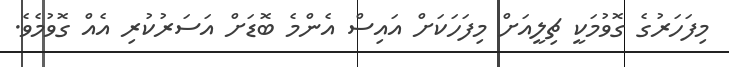
މިފަހަރުގެ ގޮވުމަކީ ޗިލީއަށް މިފަހަކަށް އައިސް އެންމެ ބޮޑަށް އަސަރުކުރި އެއް ގޮވުމެވެ.